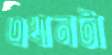
এখানটা